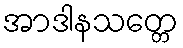
အာဒါနသတ္တေ